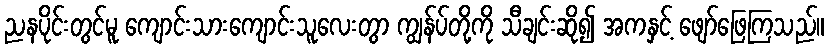
ညနပိုင်းတွင်မူ ကျောင်းသားကျောင်းသူလေးတွာ ကျွန်ပ်တို့ကို သီချင်းဆို၍ အကနှင့် ဖျော်ဖြေကြသည်။